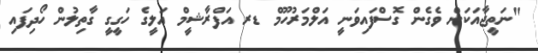
"ނަތީޖާއަކަށް ވެގެން ގޮސްފައިވަނީ އަލްމަރުހޫމް ޑރ އަފްރާޝީމް އަލީގެ ހަގީގީ ގާތިލުން ހޯދިފައި